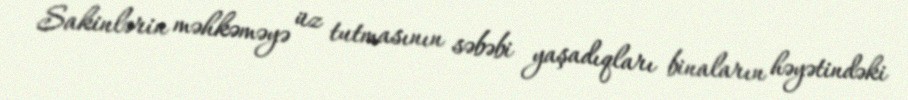
Sakinlərin məhkəməyə üz tutmasının səbəbi yaşadıqları binaların həyətindəki